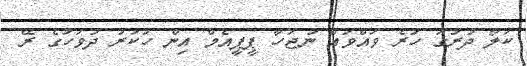
ކަލޯ ދުރުގަ ހުރެ ވައްވައް ނުޖަހާ ޕީޕީއެމް އިން ހުކުރު ދުވަހުގެ ރޭ